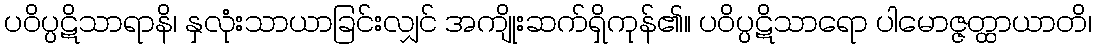
ပဝိပ္ပဋိသာရာနိ၊ နှလုံးသာယာခြင်းလျှင် အကျိုးဆက်ရှိကုန်၏။ ပဝိပ္ပဋိသာရော ပါမောဇ္ဇတ္ထာယာတိ၊